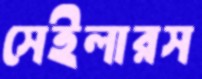
সেইলারস